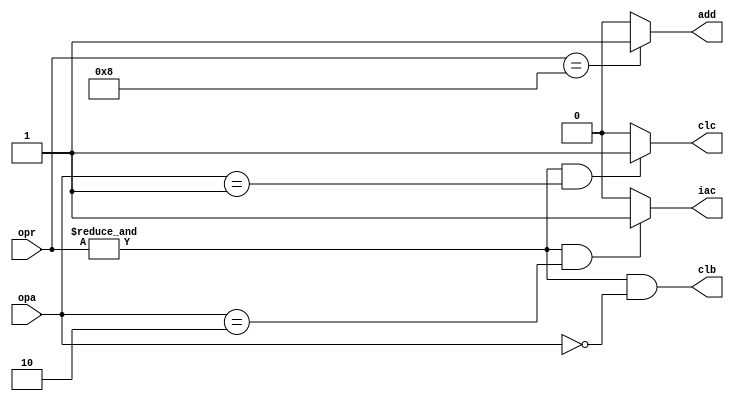
// Student Name: Daniel Martin
// Description: Dataflow Instruction Decoder for 4-bit cpu

`timescale 1ns / 1ns

module instrdec_dat (input wire [3:0] opr, opa,
		output wire clb, clc, iac, add);
	
	assign add = (opr == 4'b 1000) ? 1 : 0;
  	assign clb = (& opr) & (! opa);
  	assign clc = ((& opr) &  (opa == 4'b 0001)) ? 1 : 0;
  	assign iac = ((& opr) &  (opa == 4'b 0010)) ? 1 : 0;
  endmodule